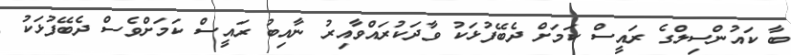
ބާ ކައުންސިލްގެ ރައީސް ކަމަށް ދެބޭފުޅަކު ވާދަކުރައްވާއިރު ނާއިބު ރައީސް ކަމަށްވެސް ދެބޭފުޅަކު